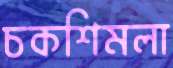
চকশিমলা